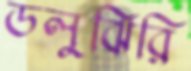
ডলুঝিরি